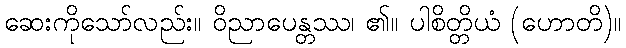
ဆေးကိုသော်လည်း။ ဝိညာပေန္တဿ၊ ၏။ ပါစိတ္တိယံ (ဟောတိ)။